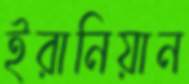
ইরানিয়ান